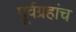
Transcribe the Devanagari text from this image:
पूर्वग्रहांच